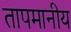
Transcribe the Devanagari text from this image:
तापमानीय